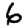
Digit: 6